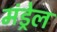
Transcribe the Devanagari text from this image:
मंड्रेल